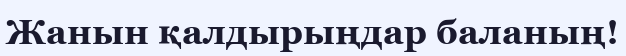
Жанын қалдырыңдар баланың!